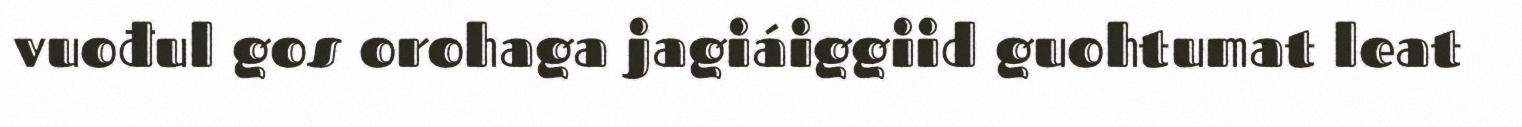
vuođul gos orohaga jagiáiggiid guohtumat leat